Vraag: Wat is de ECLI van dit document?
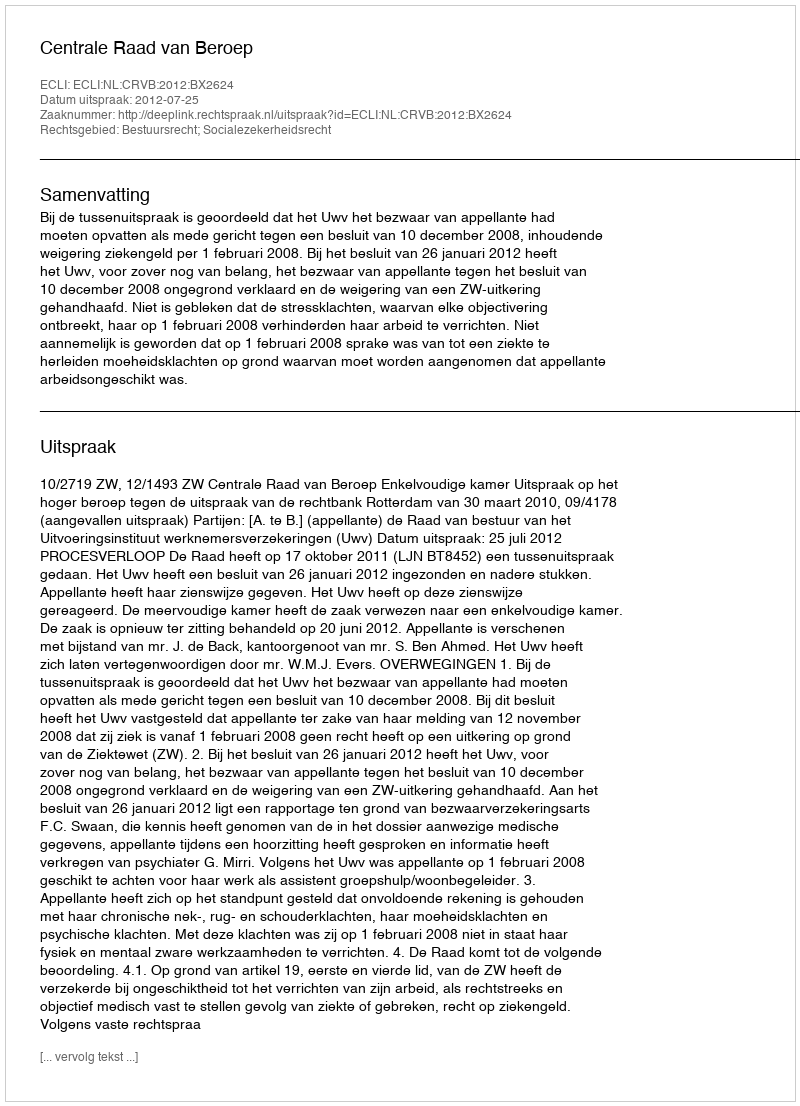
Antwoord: ECLI:NL:CRVB:2012:BX2624